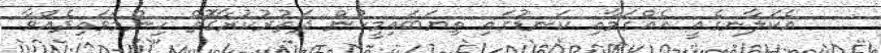
އެކަލާނގެއީ އެއްގަމާއި ކަނޑުގައި ތިޔަބައިމީހުން ދަތުރުކުރާގޮތް ހިންމަވައިދެއްވާ